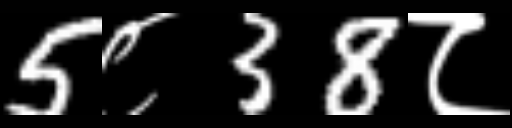
Text: 5८38८